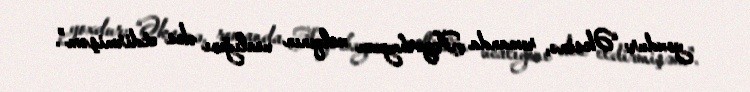
yoxdur: “Əksinə, romanda Azərbaycan xalqının ucalığını əks etdirmişəm”.